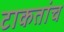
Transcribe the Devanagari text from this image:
टाकतांच